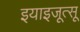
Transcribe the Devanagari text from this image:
इयाइजूत्सू